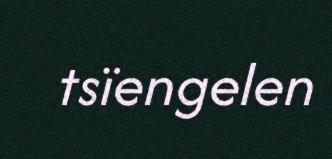
tsïengelen